Leaving Certificate Examination (including Day School Certificate (Higher) General paper), 1939
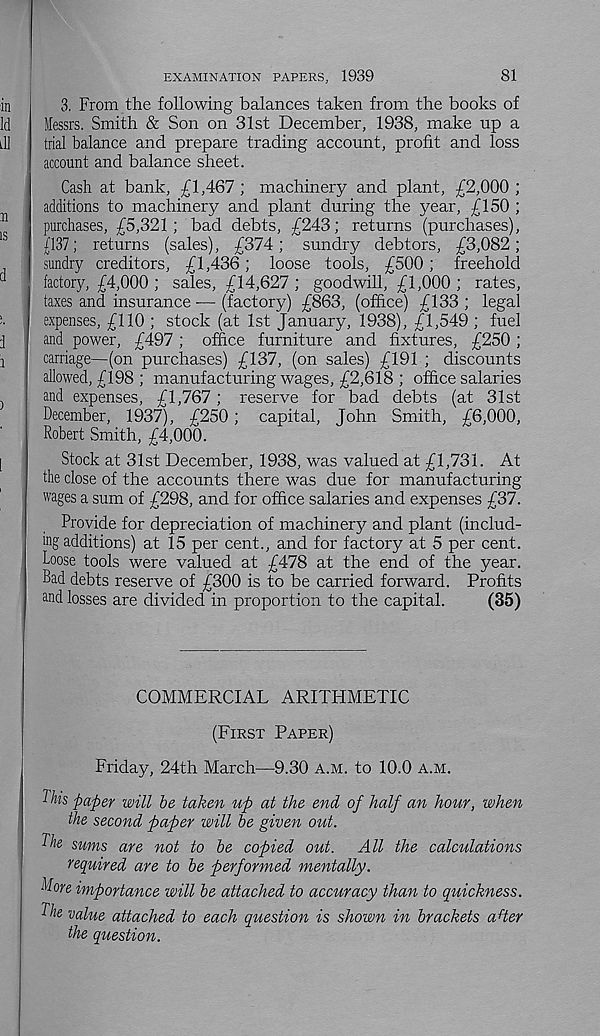
81
EXAMINATION PAPERS, 1939
3. From the following balances taken from the books of
Messrs. Smith & Son on 31st December, 1938, make up a
trial balance and prepare trading account, profit and loss
account and balance sheet.
Cash at bank, £1,467 ; machinery and plant, £2,000 ;
additions to machinery and plant during the year, £150 ;
purchases, £5,321; bad debts, £243; returns (purchases),
{137; returns (sales), £374; sundry debtors, £3,082;
sundry creditors, £1,436; loose tools, £500 ; freehold
factory, £4,000 ; sales, £14,627; goodwill, £1,000; rates,
taxes and insurance ■—(factory) £863, (office) £133; legal
expenses, £110 ; stock (at 1st January, 1938), £1,549 ; fuel
and power, £497; office furniture and fixtures, £250 ;
carriage—(on purchases) £137, (on sales) £191 ; discounts
allowed, £198 ; manufacturing wages, £2,618 ; office salaries
and expenses, £1,767; reserve for bad debts (at 31st
December, 1937), £250; capital, John Smith, £6,000,
Robert Smith, £4,000.
Stock at 31st December, 1938, was valued at £1,731. At
the close of the accounts there was due for manufacturing
wages a sum of £298, and for office salaries and expenses £37.
Provide for depreciation of machinery and plant (includ-
ing additions) at 15 per cent., and for factory at 5 per cent.
Loose tools were valued at £478 at the end of the year.
Bad debts reserve of £300 is to be carried forward. Profits
and losses are divided in proportion to the capital.
(35)
COMMERCIAL ARITHMETIC
(First Paper)
Friday, 24th March—9.30 a.m. to 10.0 a.m.
This paper will be taken up at the end of half an hour, when
the second paper will be given out.
The sums are not to be copied out. All the calculations
required are to be performed mentally.
Tlore importance will be attached to accuracy than to quickness.
The value attached to each question is shown in brackets a f ter
the question.